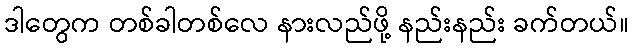
ဒါတွေက တစ်ခါတစ်လေ နားလည်ဖို့ နည်းနည်း ခက်တယ်။